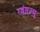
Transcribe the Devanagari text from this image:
ग्वंगज़्यू